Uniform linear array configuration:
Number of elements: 16
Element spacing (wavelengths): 0.25
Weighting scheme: hamming
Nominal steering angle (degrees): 45
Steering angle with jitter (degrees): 45.307
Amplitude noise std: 0.05
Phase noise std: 0.05

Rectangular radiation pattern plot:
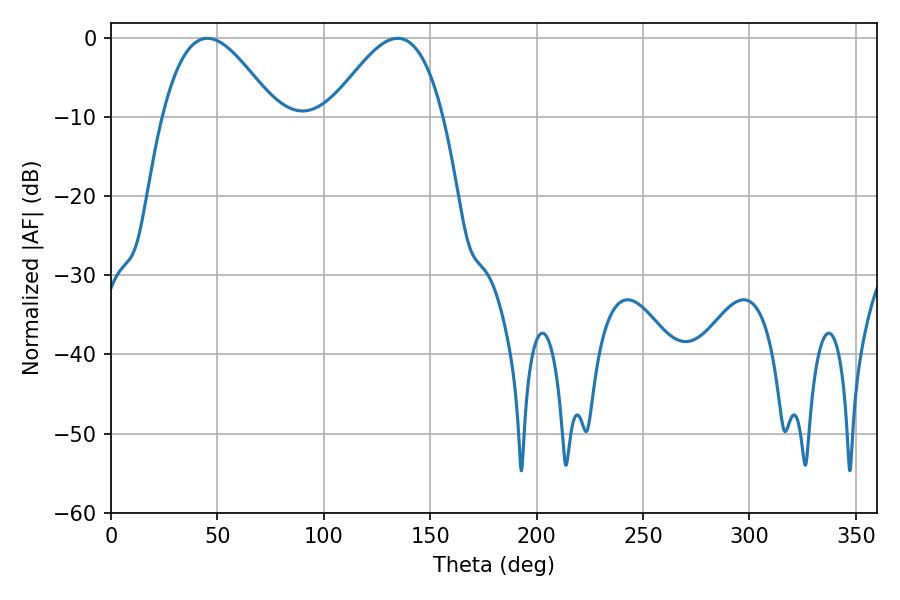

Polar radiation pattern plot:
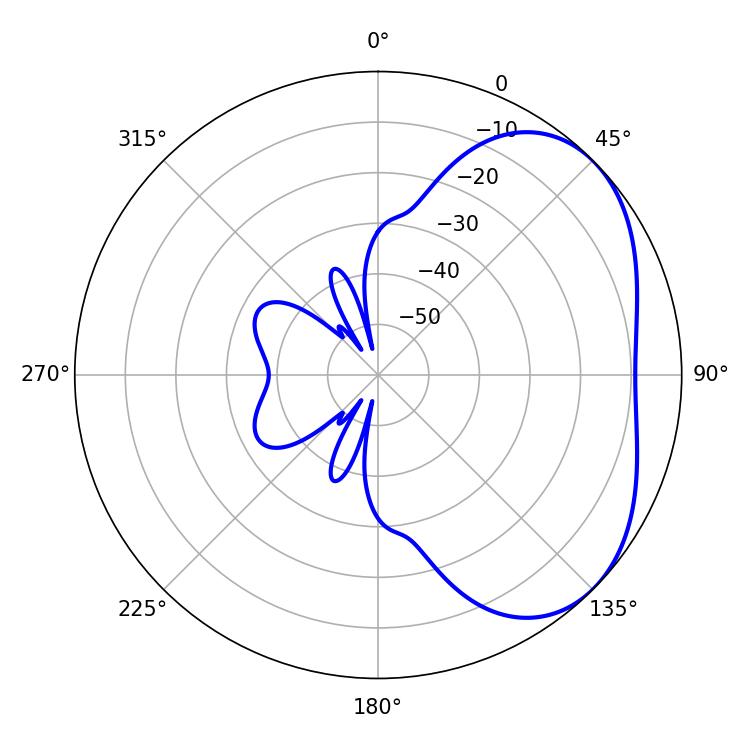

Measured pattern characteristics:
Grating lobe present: FALSE
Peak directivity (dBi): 3.736
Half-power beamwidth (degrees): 28.8
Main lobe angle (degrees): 45.36